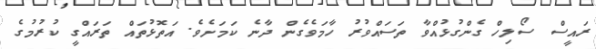
ރައީސް ސޯލިހް ގެންގުޅުއްވާ ތަސައްވުރު ހާމަވެގެން ދާނެ ކަމަށެވެ. އަތޮޅުތައް ތަރައްގީ ކުރުމުގެ